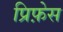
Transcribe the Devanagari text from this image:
प्रिफ़ेस